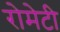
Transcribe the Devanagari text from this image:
रोमेटी